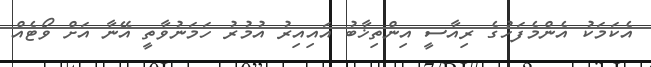
އެކަމަކު އެންމެފަހުގެ ރިއާސީ އިންތިޚާބު އައިއިރު އުމުރު ހަމަނުވާތީ އޭނާ އަށް ވޯޓެއް